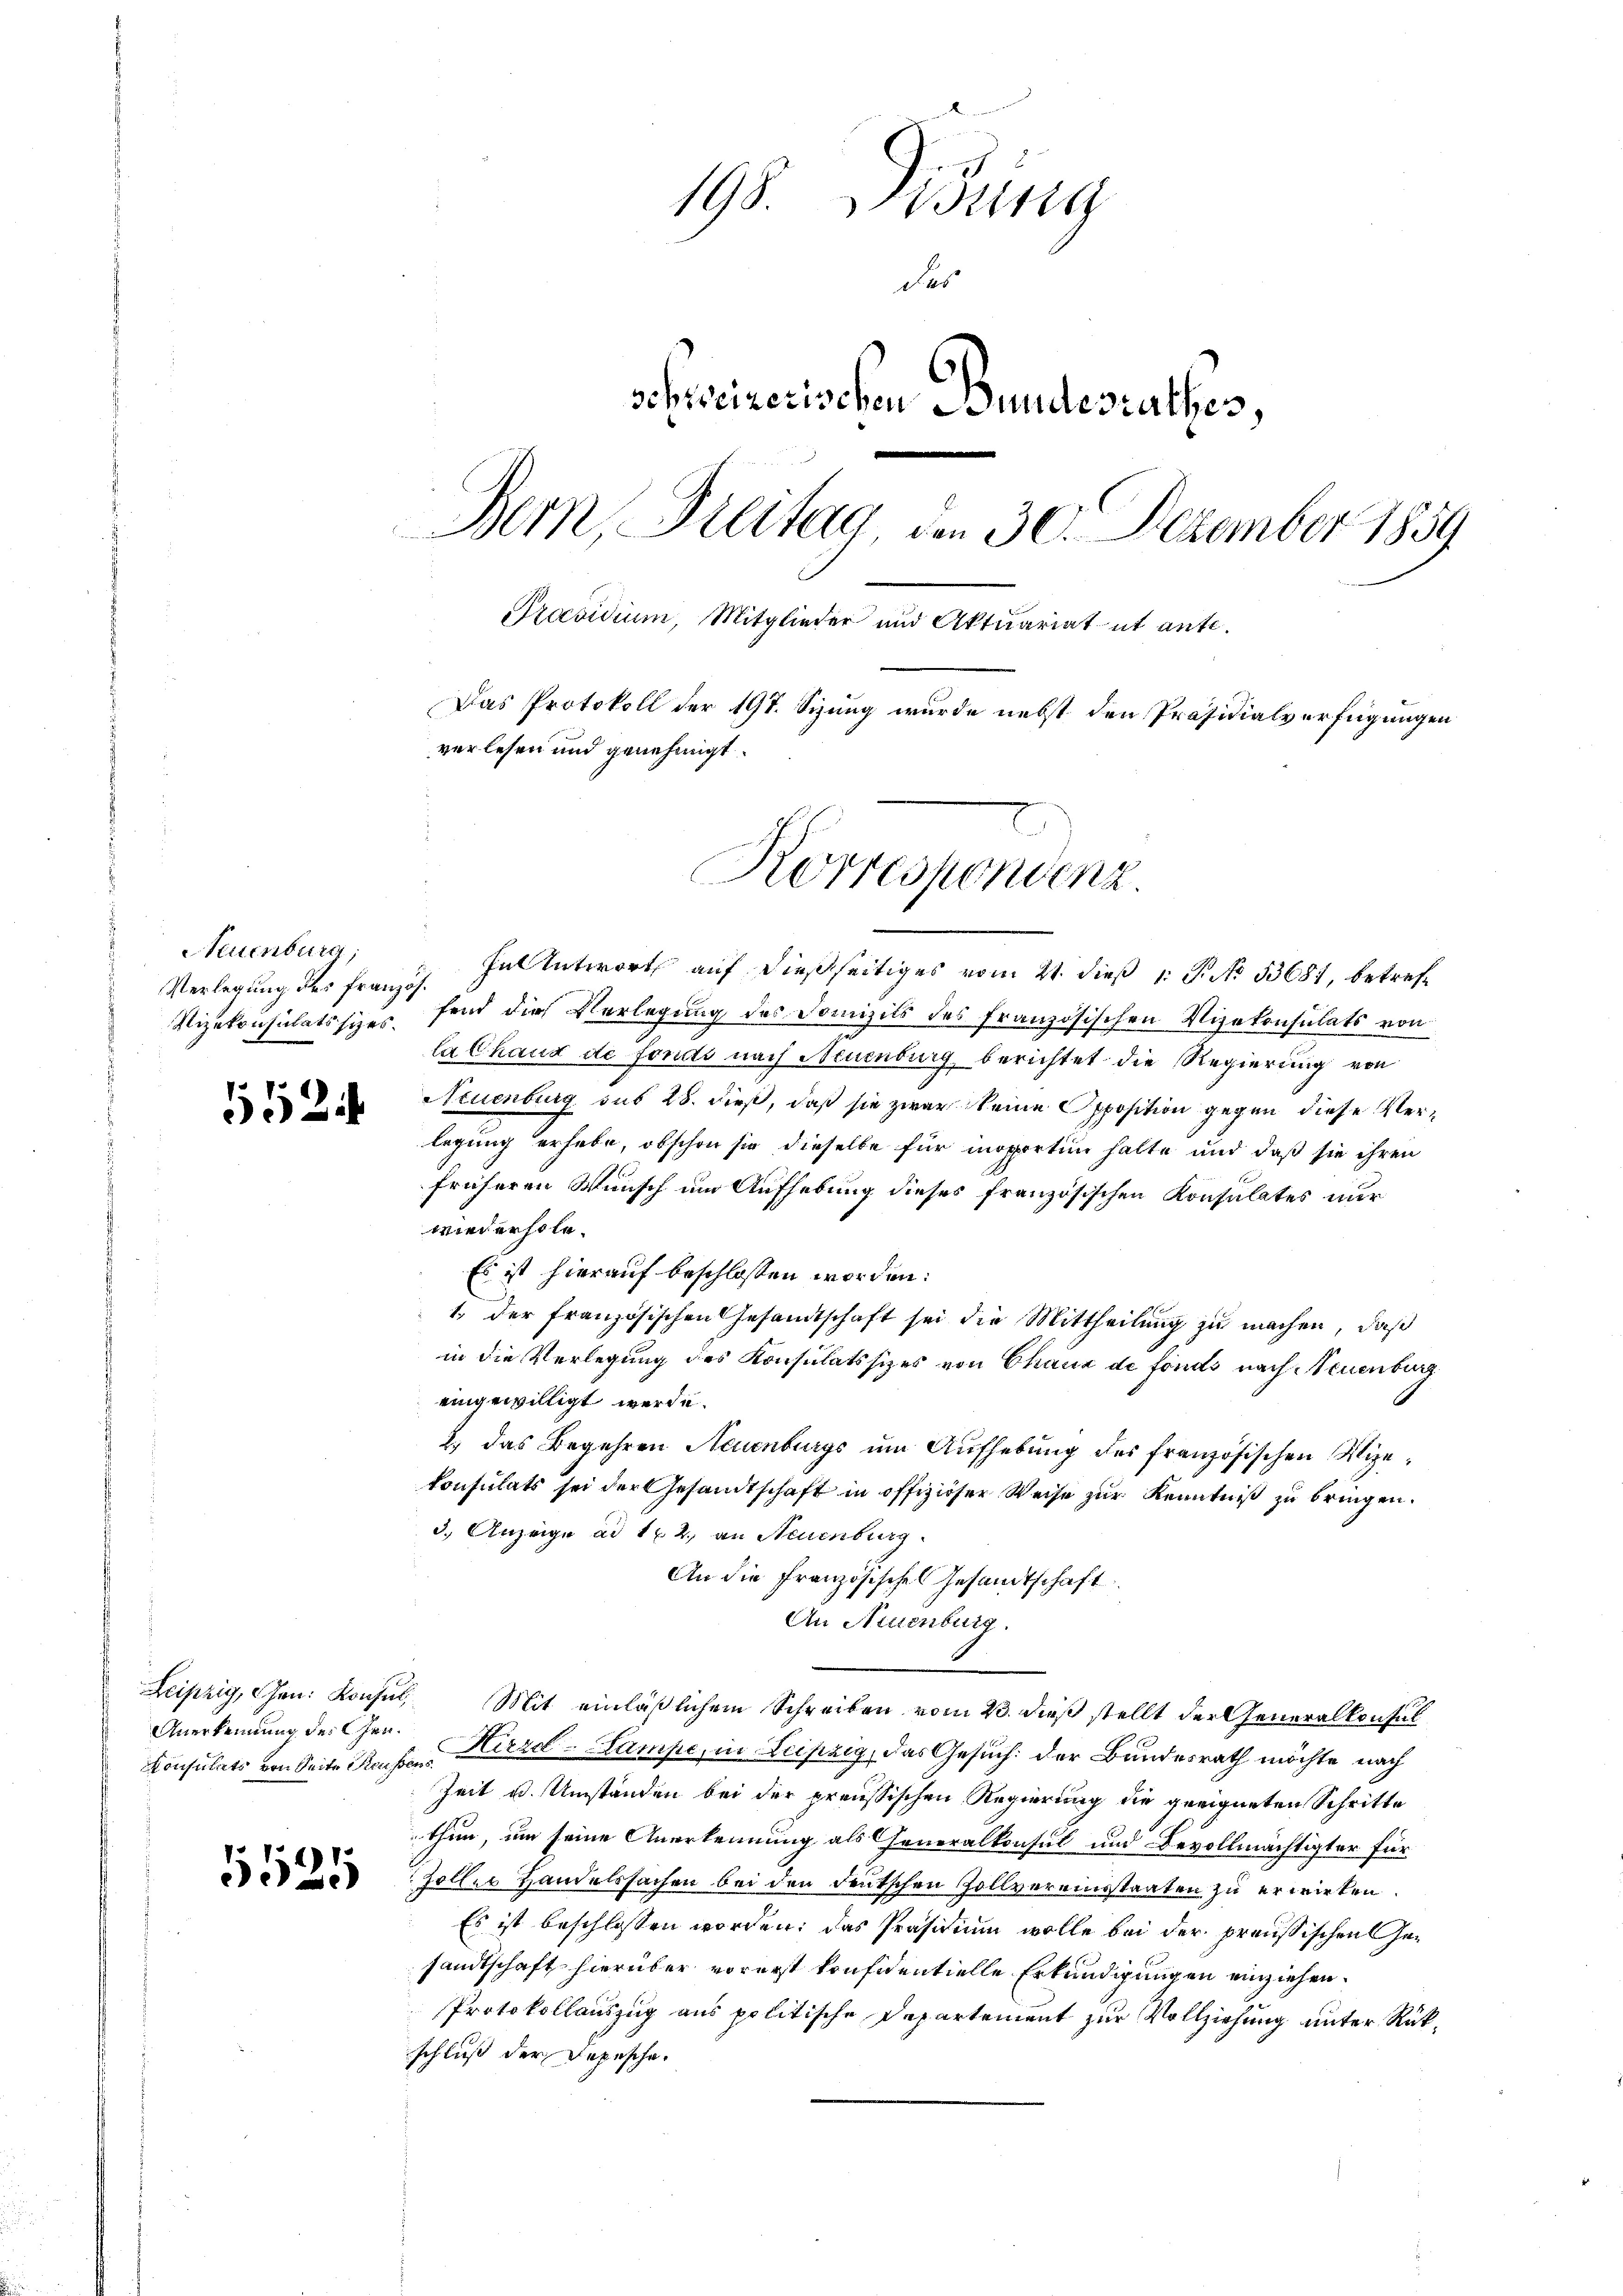
Neuenburg,
Verlegung des französ.

5524

Anerkennung des Gen¬

5524

198. Disung
das
schweizerischen Bundesrathes,
Bern, Freitag den 30. Dezember 1859
Praesidium, Mitglieder und Aktuariatut ante.
Das Protokoll der 191. Sizung wurde nebst den Präsidialverfügungen
verlesen und genehmigt.
Korrespondenz

hul Antwort auf dießseitiges vom 21. dieß 1. P. No 33681, betref¬
Vizekonsulatssizes, fand die Vorlegung des Domizils des französischen Vizekonsulats von
lalhaus de fonds nach Neuenburg berichtet die Regierung von
Neuenburg sub 28. dieß, daß sie zwar keine Opposition gegen diese Verlegung erhabe, obschon sie dieselbe für inoporti halte und daß sie ihren
früheren Wunsch um Aufhebung dieses französischen Konsulates nur
wiederhole.
Es ist hierauf beschlossen worden:
1. der französischen Gesandtschaft sei die Mittheilung zu machen, daß
in die Verlegung des Konsulatssizes von Chaux de fonds nach Neuenburg
eingewilligt werde.
2. das Begehren Neuenburgs um Aufhebung des französischen Wiekonsulats sei der Gesandtschaft in offiziöser Weise zŭr Kenntniß zu bringen.
3.) Anzeige ad 1. 2., an Neuenburg
An die Französisches Gesandtschaft
An Neuenburg.
Leipzig, Ehen. Konsul, Mit einläßlichem Schreiben vom 23. dieß stellt der Generalkonsul
Konsulats von Seite Hause Hirzel-Lampe, in Leipzig, das Gesuch: der Bundesrath möchte nach
Zeit u. Umständen bei der preussischen Regierung die geeigneten Schritte
thun, um seine Anerkennung als Generalkonsul und Bevollmächtigter für
Foller Handelssachen bei den deutschen Zollvereinsstaaten zu erwirken.
Es ist beschlossen worden; das Präsidium wolle bei der preußischen Gesandtschaft hierüber vorerst konfidentielle Erkundigungen einziehen.
Protokollauszug aus politische Departement zur Vollziehung unter Rückschluß der Depesche.